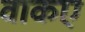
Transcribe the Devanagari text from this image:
वाकए